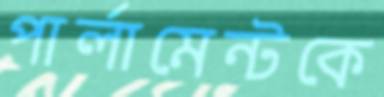
পার্লামেন্টকে